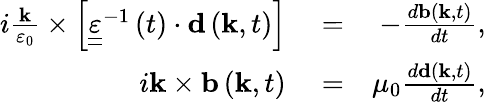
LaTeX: \begin{array}{rlr}{i\frac{{\mathbf k}}{\varepsilon_{0}}\times\left[{\underline{{\underline{\varepsilon}}}}^{-1}\left(t\right)\cdot{\mathbf d}\left({\mathbf k},t\right)\right]}&{{}=}&{-\frac{d{\mathbf b}\left({\mathbf k},t\right)}{dt},}\\ {i{\mathbf k}\times{\mathbf b}\left({\mathbf k},t\right)}&{{}=}&{\mu_{0}\frac{d{\mathbf d}\left({\mathbf k},t\right)}{dt},}\end{array}